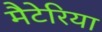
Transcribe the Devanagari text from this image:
मैटेरिया